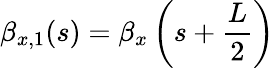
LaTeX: \beta_{x,1}(s)=\beta_{x}\left(s+\frac{L}{2}\right)